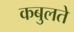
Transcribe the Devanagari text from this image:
कबुलते